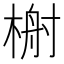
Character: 𬃢